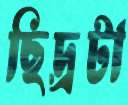
ছিদ্রটা